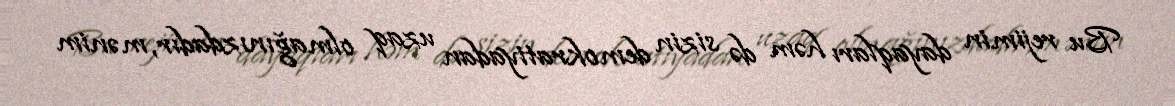
Bu rejimin dayaqları həm də sizin demokratiyadan uzaq olmağınızdadır, mənim